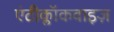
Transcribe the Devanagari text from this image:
एंटीक्लॉकवाइज़